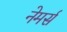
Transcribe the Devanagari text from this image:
नेमर्स